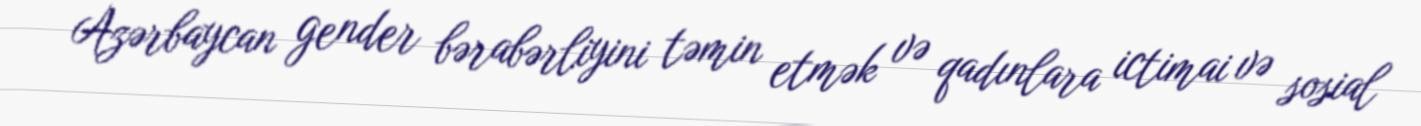
Azərbaycan gender bərabərliyini təmin etmək və qadınlara ictimai və sosial